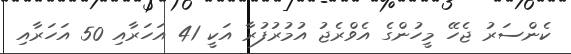
ކެންސަރު ޖެހޭ މީހުންގެ އެވްރެޖު އުމުރުފުރާ އަކީ 41 އަހަރާއި 50 އަހަރާއި